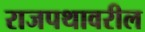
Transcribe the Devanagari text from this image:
राजपथावरील